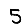
Digit: 5